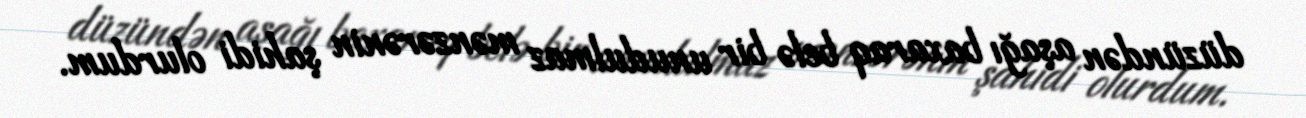
düzündən aşağı baxaraq belə bir unudulmaz mənzərənin şahidi olurdum.